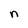
Character: n